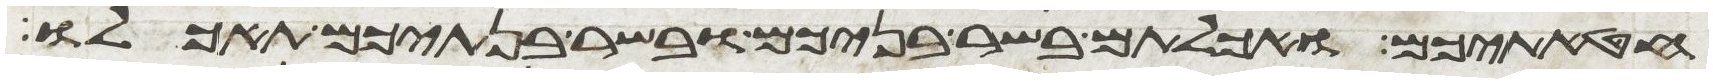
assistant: חטאתיכם ואכלתם בשר בניכם ובשר בנתיכם תאכלו